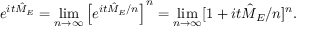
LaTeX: e ^ { i t { \hat { M } } _ { E } } = \operatorname* { l i m } _ { n \to \infty } \left[ e ^ { i t { \hat { M } } _ { E } / n } \right] ^ { n } = \operatorname* { l i m } _ { n \to \infty } [ 1 + i t { \hat { M } } _ { E } / n ] ^ { n } .